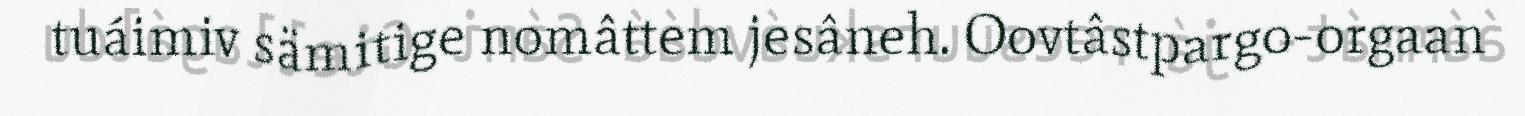
tuáimiv sämitige nomâttem jesâneh. Oovtâstpargo-orgaan